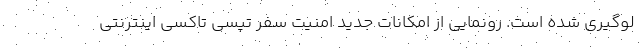
لوگیری شده است. رونمایی از امکانات جدید امنیت سفر تپسی تاکسی اینترنتی